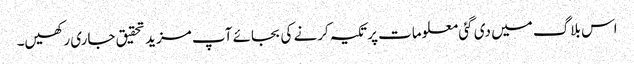
اس بلاگ میں دی گئی معلومات پر تکیہ کرنے کی بجائے آپ مزید تحقیق جاری رکھیں۔